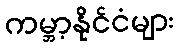
ကမ္ဘာ့နိုင်ငံများ